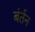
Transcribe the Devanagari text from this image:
बंर्तन